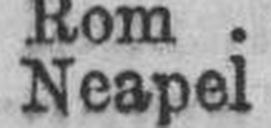
Neapel